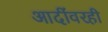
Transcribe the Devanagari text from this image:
आदींवरही